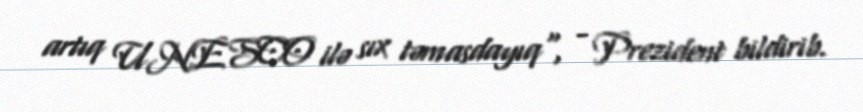
artıq UNESCO ilə sıx təmasdayıq", - Prezident bildirib.